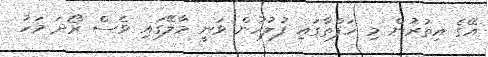
އޭގެ އިތުރުން މި ހަފްތާގައި ފުލުހުން ވަނީ މާލޭގައި ވެސް ރޯދަ މަހު